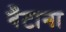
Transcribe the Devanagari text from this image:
बँटाना